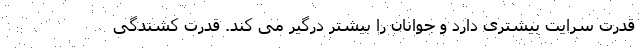
قدرت سرایت بیشتری دارد و جوانان را بیشتر درگیر می کند. قدرت کشندگی